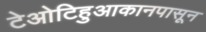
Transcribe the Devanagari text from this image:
टेओटिहुआकानपासून